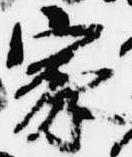
家